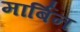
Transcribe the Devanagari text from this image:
मार्बिन